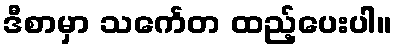
ဒီစာမှာ သင်္ကေတ ထည့်ပေးပါ။